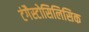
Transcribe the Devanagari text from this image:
टंगैस्टोसिलिसिक